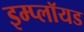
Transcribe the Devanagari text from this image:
इम्प्लॉयड